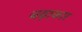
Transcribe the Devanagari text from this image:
बढ़ाकार